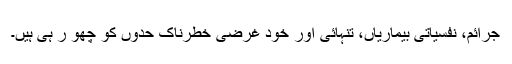
جرائم، نفسیاتی بیماریاں، تنہائی اور خود غرضی خطرناک حدوں کو چھو ر ہی ہیں۔